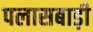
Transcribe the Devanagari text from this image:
पलासबाड़ी